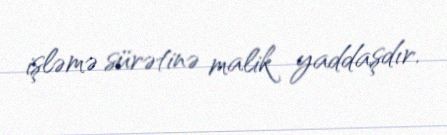
işləmə sürətinə malik yaddaşdır.